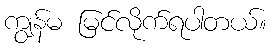
ကျွန်မ မြင်လိုက်ရပါတယ်။